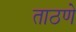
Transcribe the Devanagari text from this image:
ताठणे